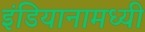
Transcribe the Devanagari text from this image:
इंडियानामध्यी